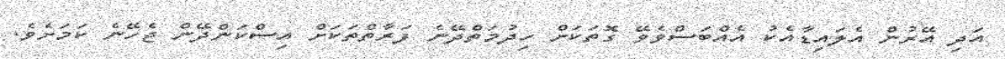
އަދި އޭރުން އެލައިޑާއެކު އެއްބަސްވެވޭ ގޮތަކަށް ހިދުމަތްދޭނެ ފަރާތްތަކަށް އިސްކަންދޭން ޖެހޭނެ ކަމަށެވެ.